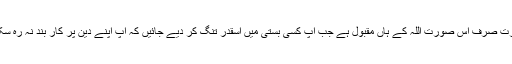
ہجرت صرف اس صورت اللہ کے ہاں مقبول ہے جب آپ کسی بستی میں اسقدر تنگ کر دیے جائیں کہ آپ اپنے دین پر کار بند نہ رہ سکیں۔